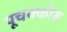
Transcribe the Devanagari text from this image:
पूचक्कोरू